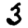
Digit: 3